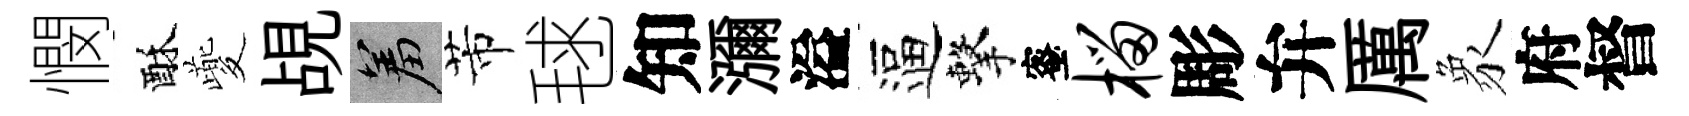
憫酥夔覘羞芾毬知瀰溢逼擊蜜榴彫弁厲象府督